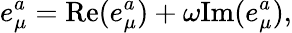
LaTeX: e_{\mu}^{a}=\mathrm{Re}(e_{\mu}^{a})+\omega\mathrm{Im}(e_{\mu}^{a}),